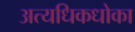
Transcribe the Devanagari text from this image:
अत्यधिकधोका